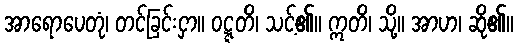
အာရောပေတုံ၊ တင်ခြင်းငှာ။ ဝဋ္ဋတိ၊ သင့်၏။ ဣတိ၊ သို့။ အာဟ၊ ဆို၏။